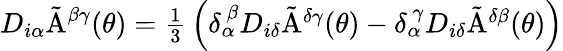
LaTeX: D_{i\alpha}\tilde{\mathrm{A}}^{\beta\gamma}(\theta)=\textstyle{\frac{1}{3}}\left(\delta_{\alpha}^{~\beta}D_{i\delta}\tilde{\mathrm{A}}^{\delta\gamma}(\theta)-\delta_{\alpha}^{~\gamma}D_{i\delta}\tilde{\mathrm{A}}^{\delta\beta}(\theta)\right)